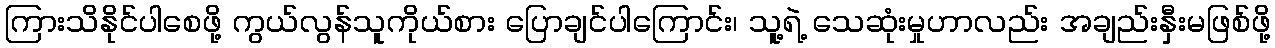
ကြားသိနိုင်ပါစေဖို့ ကွယ်လွန်သူကိုယ်စား ပြောချင်ပါကြောင်း၊ သူ့ရဲ့ သေဆုံးမှုဟာလည်း အချည်းနှီးမဖြစ်ဖို့